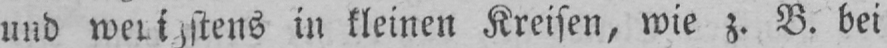
in kleinen Kreisen, wie z. B. bei